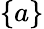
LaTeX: \{ a\}